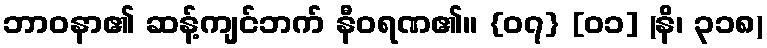
ဘာဝနာ၏ ဆန့်ကျင်ဘက် နီဝရဏ၏။ {၀၇} [၀၁] (နိ၊ ၃၁၈)